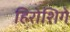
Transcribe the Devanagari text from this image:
हिरोशिगे